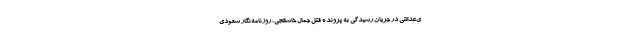
ی‌عدالتی در جریان رسیدگی به پرونده قتل جمال خاشقجی، روزنامه‌نگار سعودی